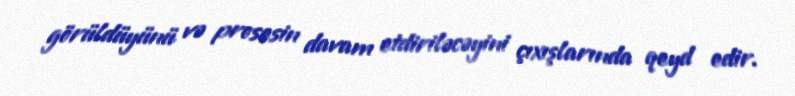
görüldüyünü və prosesin davam etdiriləcəyini çıxışlarında qeyd edir.